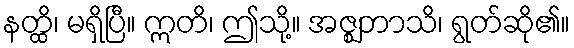
နတ္ထိ၊ မရှိပြီ။ ဣတိ၊ ဤသို့။ အဇ္ဈဘာသိ၊ ရွတ်ဆို၏။